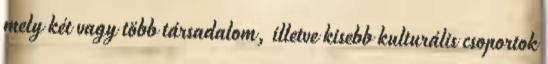
mely két vagy több társadalom, illetve kisebb kulturális csoportok